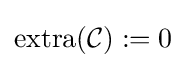
\mathrm {extra} ({\mathcal {C}}):=0